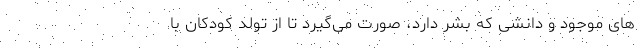
های موجود و دانشی که بشر دارد، صورت می‌گیرد تا از تولد کودکان با